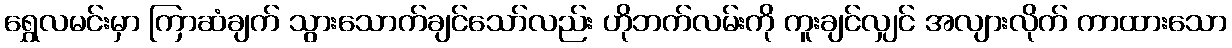
ရွှေလမင်းမှာ ကြာဆံချက် သွားသောက်ချင်သော်လည်း ဟိုဘက်လမ်းကို ကူးချင်လျှင် အလျားလိုက် ကာထားသော